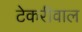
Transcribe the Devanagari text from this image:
टेकरीवाल